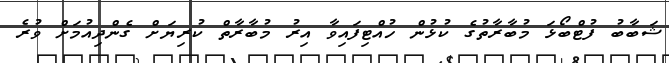
ޝަބާބު ފުޓްބޯޅަ މުބާރާތުގެ ކުޅުން ހުއްޓިފައިވާ އިރު މުބާރާތް ކުރިޔަށް ގެންދިއުމަށް ވުރެ